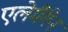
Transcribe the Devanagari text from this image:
एलेमैंगेन